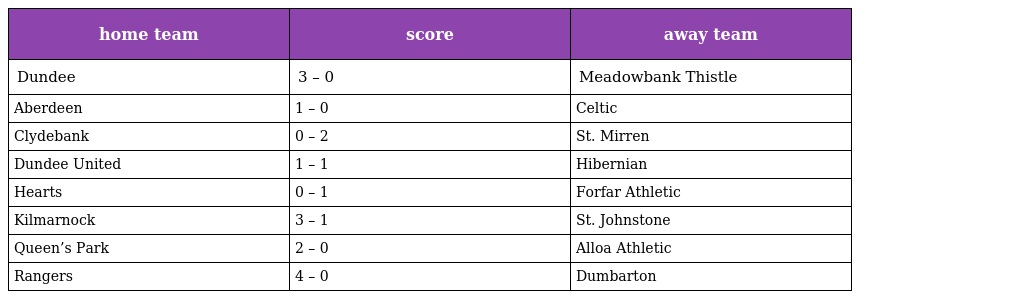
| home team | score | away team |
 | --- | --- | --- |
 | Dundee | 3 – 0 | Meadowbank Thistle |
 | Aberdeen | 1 – 0 | Celtic |
 | Clydebank | 0 – 2 | St. Mirren |
 | Dundee United | 1 – 1 | Hibernian |
 | Hearts | 0 – 1 | Forfar Athletic |
 | Kilmarnock | 3 – 1 | St. Johnstone |
 | Queen’s Park | 2 – 0 | Alloa Athletic |
 | Rangers | 4 – 0 | Dumbarton |